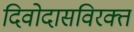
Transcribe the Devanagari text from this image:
दिवोदासविरक्त